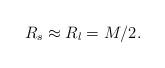
LaTeX: \begin{align*} R_s \approx R_l=M/2.\end{align*}